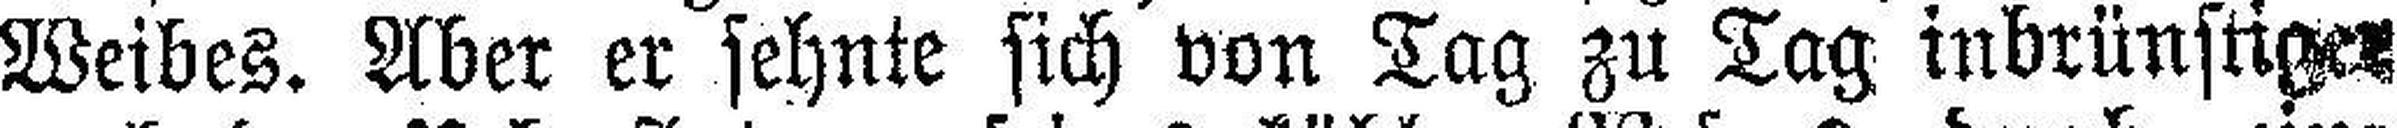
Weibes. Aber er sehnte sich von Tag zu Tag inbrünstiger